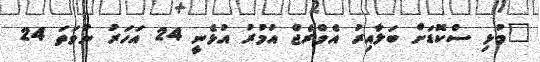
"މުޅި ސްކޮޑަށް ބަލާއިރު އެވްރެޖް އުމުރު އުޅެނީ 24 އަހަރު ނުވަތަ 24